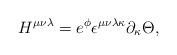
LaTeX: \begin{align*}H^{\mu\nu\lambda} = e^{\phi}\epsilon^{\mu\nu\lambda\kappa}\partial_\kappa \Theta, \end{align*}